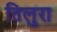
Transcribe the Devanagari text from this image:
तिलुरा